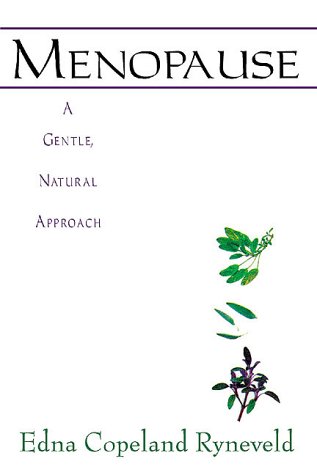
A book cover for Menopause: A Gentle, Natural Approach; Edna Ryneveld; Health, Fitness & Dieting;